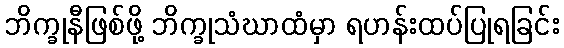
ဘိက္ခုနီဖြစ်ဖို့ ဘိက္ခုသံဃာထံမှာ ရဟန်းထပ်ပြုရခြင်း